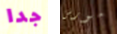
جدا مورس